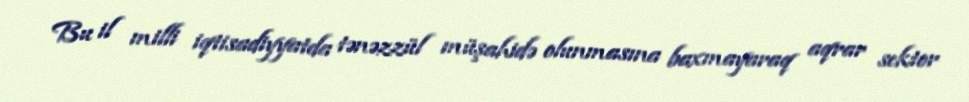
Bu il milli iqtisadiyyatda tənəzzül müşahidə olunmasına baxmayaraq aqrar sektor